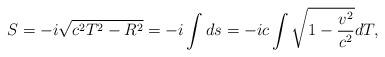
LaTeX: \begin{align*}S=-i\sqrt{c^2T^2-R^2}=-i\int ds=-ic\int\sqrt{1-\frac{v^2}{c^2}}dT,\end{align*}